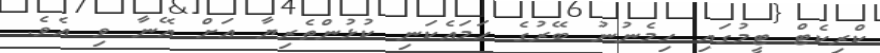
ކްރިކެޓް ޓީމުގައި ހިމެނުނު ބޭރުގެ ހަމައެކަނި ކުޅުންތެރިޔާ އަށް އޭނާ ވި އެވެ.